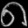
Digit: ၈